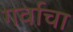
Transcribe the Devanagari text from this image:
गर्वाचा